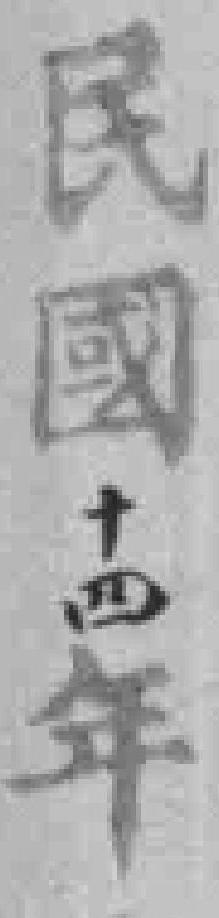
民國十四年